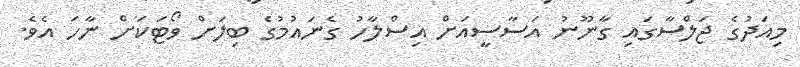
މިއަދުގެ ޖަލްސާގައި ގާނޫނު އަސާސީއަށް އިސްލާހު ގެނައުމުގެ ބިލަށް ވޯޓަކަށް ނާހަ އެވެ.